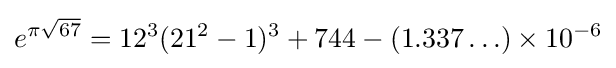
e^{\pi {\sqrt {67}}}=12^{3}(21^{2}-1)^{3}+744-(1.337\ldots )\times 10^{-6}